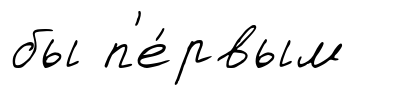
бы п'е́рвым